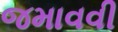
જમાવવી